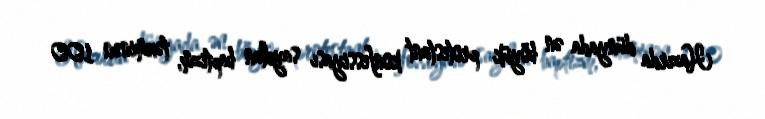
Hazırda dünyada ən böyük protestant konfessiyası sayılan baptizm, təxminən 100